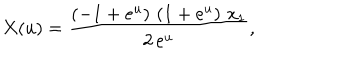
X ( u ) = { \frac { \left( - 1 + { e ^ { u } } \right) \, \left( 1 + { e ^ { u } } \right) \, { x _ { 1 } } } { 2 \, { e ^ { u } } } } ,